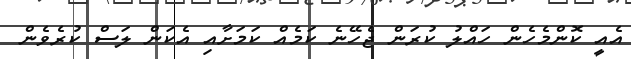
އެއީ ކޮންމެހެން ހައްލު ކުރަން ޖެހޭނެ ކަމެއް ކަމަށާއި އެކަން ލަސް ކުރެވެން